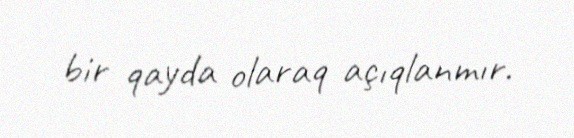
bir qayda olaraq açıqlanmır.